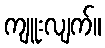
ကျူးလျက်။